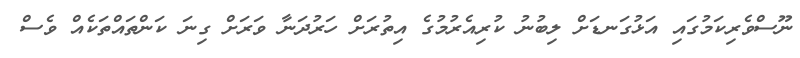
ނޫސްވެެރިކަމުގައި އަޅުގަނޑަށް ލިބުނު ކުރިއެރުމުގެ އިތުރަށް ހަރުދަނާ ވަރަށް ގިނަ ކަންތައްތަކެއް ވެސް